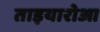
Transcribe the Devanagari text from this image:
ताइयारोआ